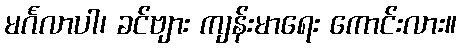
မင်္ဂလာပါ၊ ခင်ဗျား ကျန်းမာရေး ကောင်းလား။